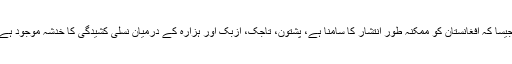
جیسا کہ افغانستان کو ممکنہ طور انتشار کا سامنا ہے، پشتون، تاجک، ازبک اور ہزارہ کے درمیان نسلی کشیدگی کا خدشہ موجود ہے۔